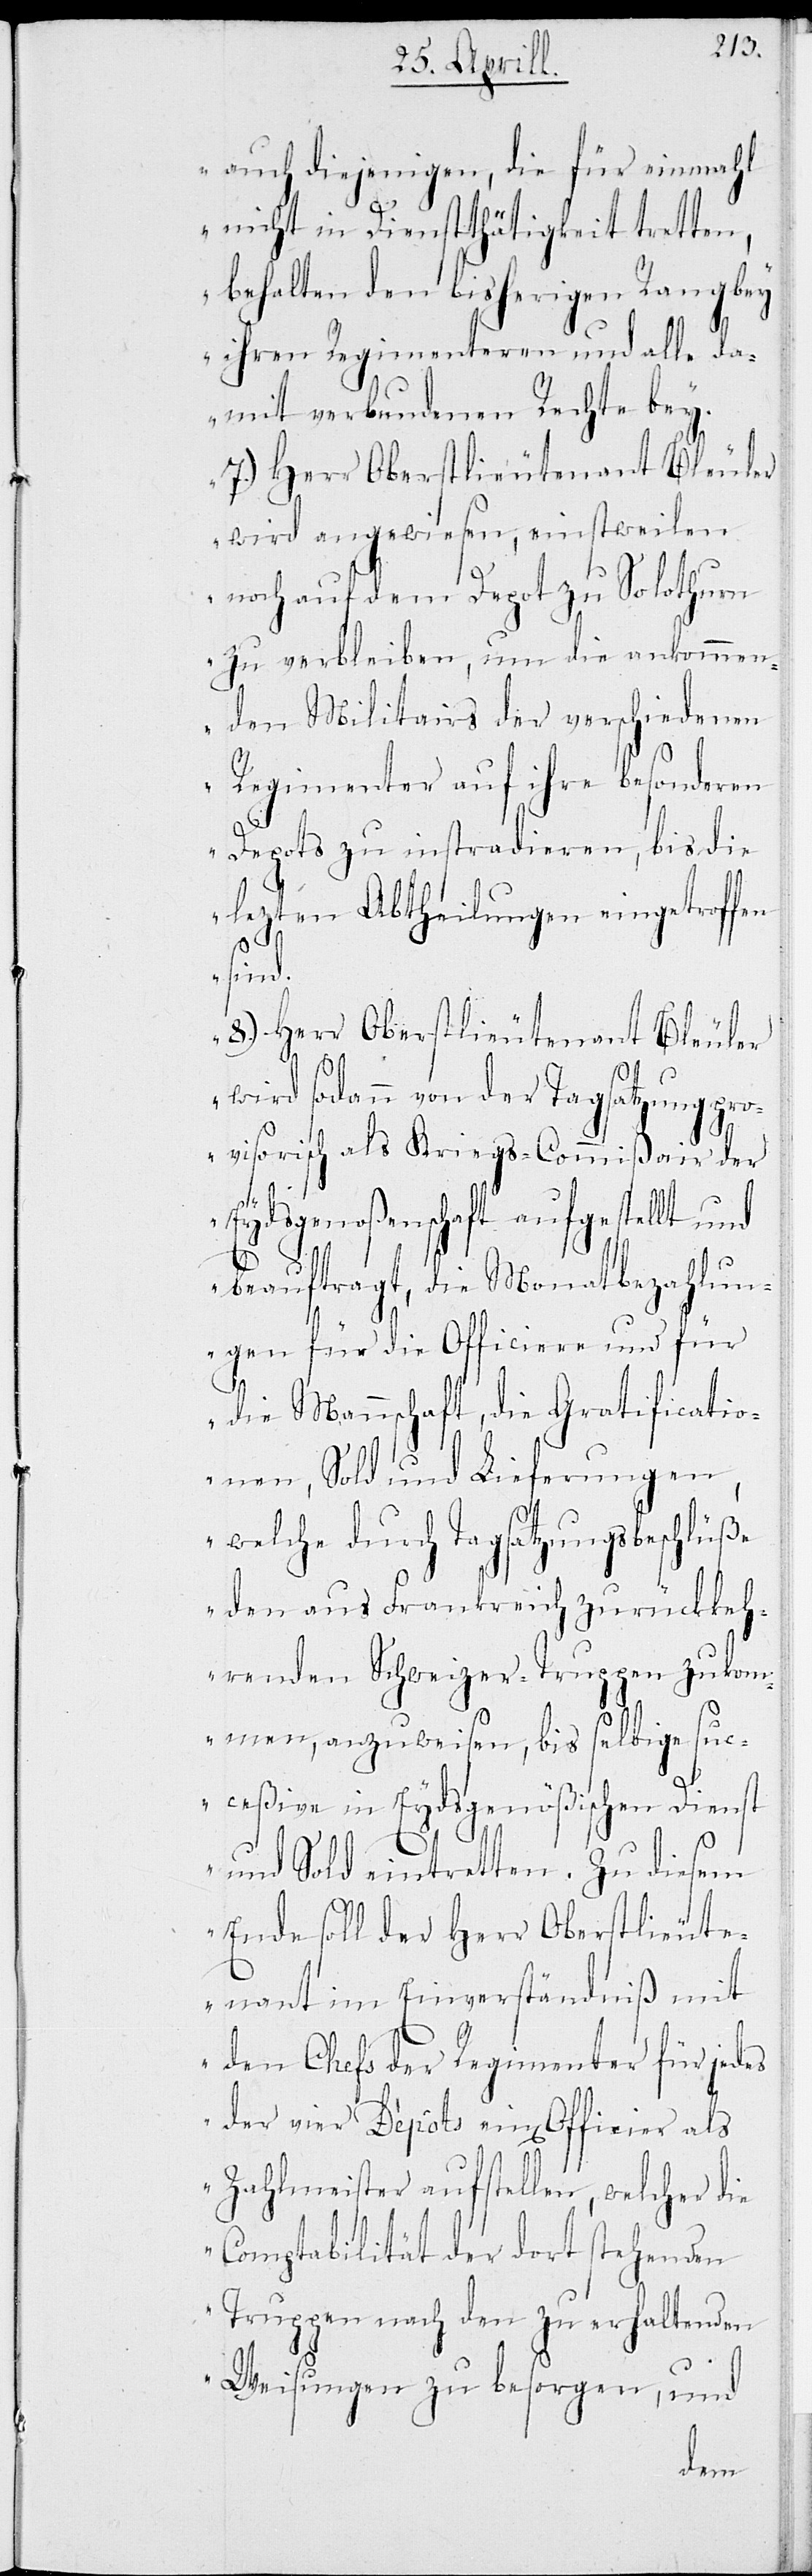
auch diejenigen, die für einmahl
nicht in Dienstthätigkeit tretten,
behalten den bisherigen Rang bey
ihren Regimenteren und alle da¬
mit verbundenen Rechte bey.
7.) Herr Oberstlieutenant Bleuler
wird angewiesen, einstweilen
noch auf dem Depot zu Solothurn
zu verbleiben, um die ankommen¬
den Militairs der verschiedenen
Regimenter auf ihre besonderen
Depots zu instradieren, bis die
lezten Abtheilungen eingetroffen
sind.
8.) Herr Oberstlieutenant Bleuler
wird sodann von der Tagsatzung pro¬
visorisch als Kriegs-Commißair der
Eydsgenoßenschaft aufgestellt und
beauftragt, die Monatsbezahlun¬
gen für die Officiere und für
die Mannschaft, die Gratificatio¬
nen, Sold und Lieferungen,
welche durch Tagsatzungsbeschlüße
den aus Frankreich zurückkeh¬
renden Schweizer-Truppen zukom¬
men, anzuweisen, bis selbige suc¬
ceßive in Eydsgenößischen Dienst
und Sold eintretten. Zu diesem
Ende soll der Herr Oberstlieute¬
nant im Einverständniß mit
den Chefs der Regimenter für jedes
der vier Depôts einen Officier als
Zahlmeister aufstellen, welcher die
Comptabilität der dort stehenden
Truppen nach den zu erhaltenden
Weisungen zu besorgen, und